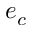
e _ { c }